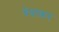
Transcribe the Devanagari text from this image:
चेवाकर